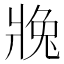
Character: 𱭒